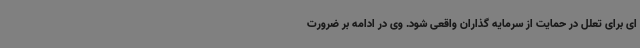
ای برای تعلل در حمایت از سرمایه گذاران واقعی شود. وی در ادامه بر ضرورت